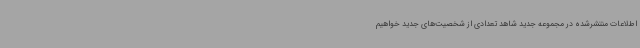
اطلاعات منتشرشده در مجموعه جدید شاهد تعدادی از شخصیت‌های جدید خواهیم